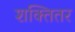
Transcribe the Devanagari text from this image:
शक्तितर